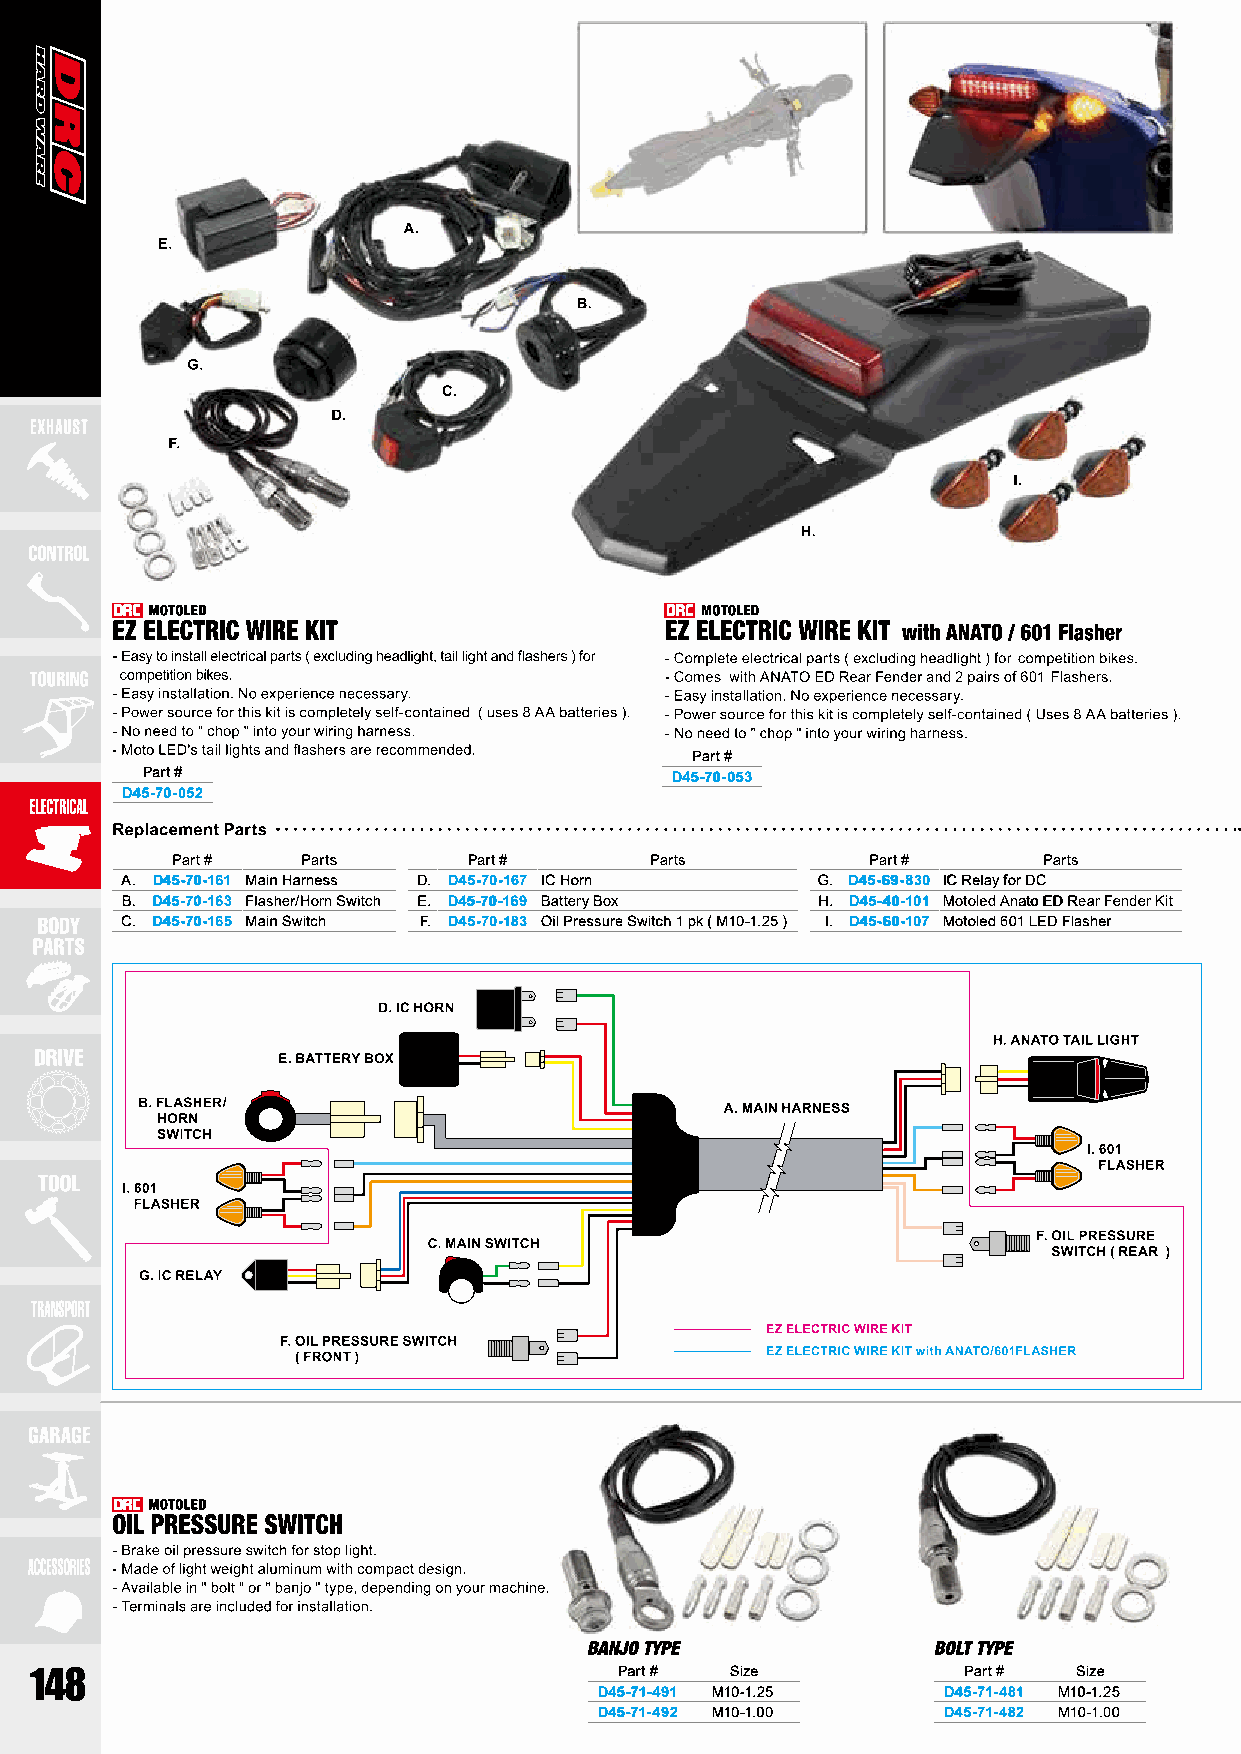
Part #
 Part #                             D45-70-053
 D45-70-052
 Part #   Parts      Part #      Parts          Part #     Parts
 A. D45-70-161 Main Harness D. D45-70-167 IC Horn G. D45-69-830 IC Relay for DC
 B. D45-70-163 Flasher/Horn Switch E. D45-70-169 Battery Box H. D45-40-101 Motoled Anato ED Rear Fender Kit
 C. D45-70-165 Main Switch F. D45-70-183 Oil Pressure Switch 1 pk ( M10-1.25 ) I. D45-60-107 Motoled 601 LED Flasher
 Part # Size            Part # Size
 D45-71-491 M10-1.25   D45-71-481 M10-1.25
 D45-71-492 M10-1.00   D45-71-482 M10-1.00